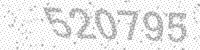
Solution: 520795